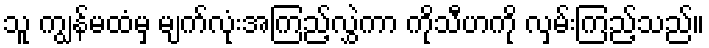
သူ ကျွန်မထံမှ မျက်လုံးအကြည့်လွှဲကာ ကိုသီဟကို လှမ်းကြည့်သည်။